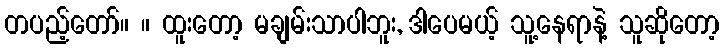
တပည့်တော်။ ။ ထူးတော့ မချမ်းသာပါဘူး, ဒါပေမယ့် သူ့နေရာနဲ့ သူဆိုတော့